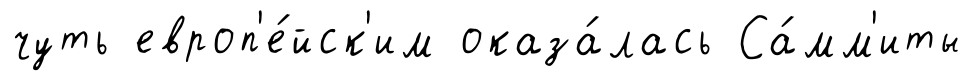
чуть европ'е́йск'им оказа́лась Са́мм'иты